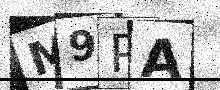
Text: M9PA